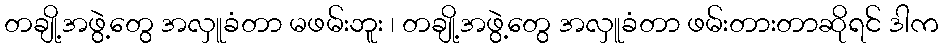
တချို့အဖွဲ့တွေ အလှူခံတာ မဖမ်းဘူး ၊ တချို့အဖွဲ့တွေ အလှူခံတာ ဖမ်းတားတာဆိုရင် ဒါက